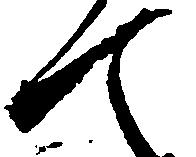
て